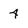
Character: 4